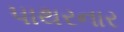
પાથરનાર